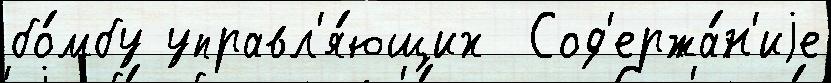
бо́мбу управл'я́ющих  Сод'ержа́н'иjе